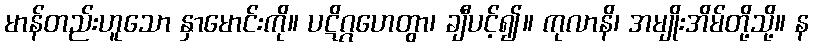
မာန်တည်းဟူသော နှာမောင်းကို။ ပဋိဂ္ဂဟေတွာ၊ ချီပင့်၍။ ကုလာနိ၊ အမျိုးအိမ်တို့သို့။ န